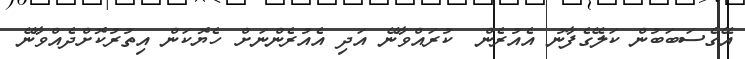
އޭގެސަބަބުން ކަލޭގެފާނު އެއުރެން  ކުރައްވާނޭ އަދި އެއުރެންނަށް ހެޔޮކަން އިތުރުކޮށްދެއްވާނޭ